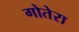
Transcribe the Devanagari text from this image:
गोतेरा